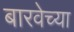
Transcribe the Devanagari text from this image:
बारवेच्या